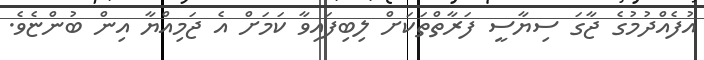
އުފެއްދުމުގެ ޖާގަ ސިޔާސީ ފަރާތްތަކަށް ލިބިފައިވާ ކަމަށް އެ ޖަމިއްޔާ އިން ބުންޏެވެ.